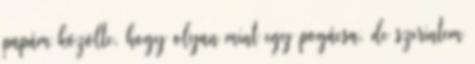
papám közölte, hogy olyan mint egy pogácsa, de szerintem